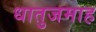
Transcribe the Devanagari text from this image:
धातुजमाह